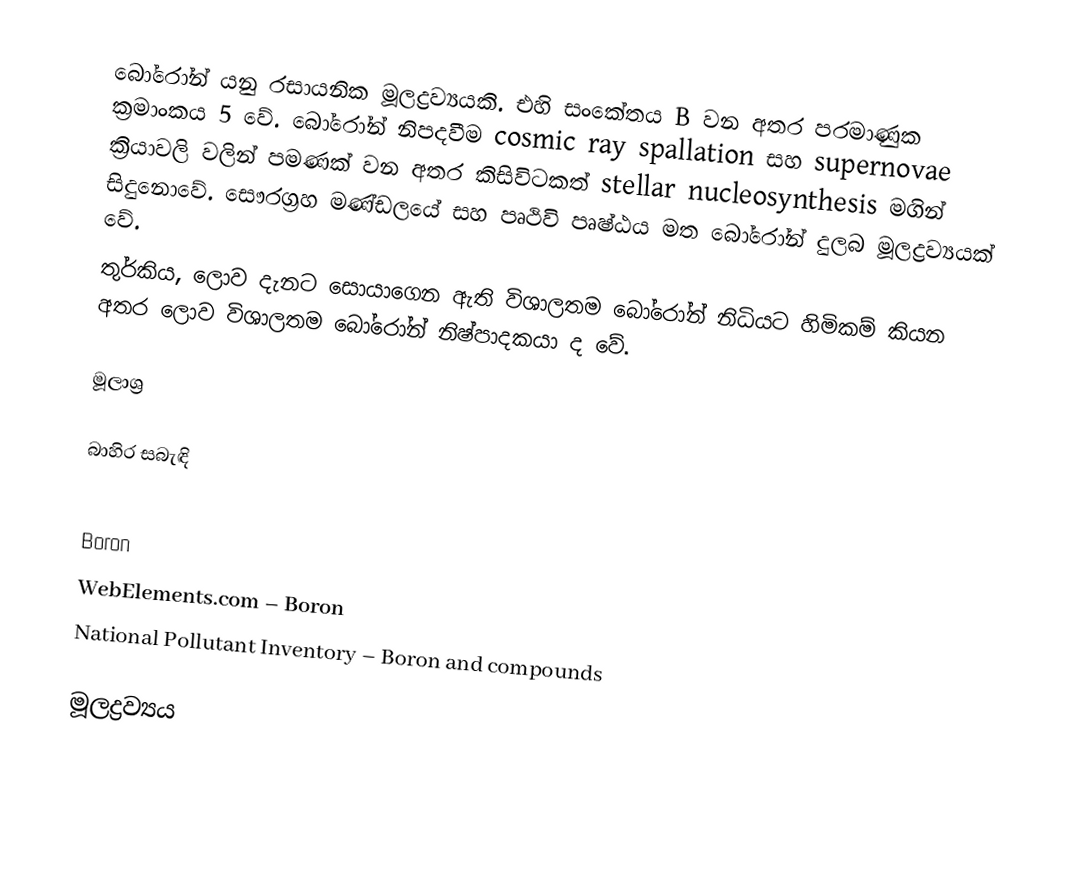
බෝරෝන් යනු රසායනික මූලද්‍රව්‍යයකි. එහි සංකේතය B වන අතර පරමාණුක ක්‍රමාංකය 5 වේ. බෝරෝන් නිපදවීම cosmic ray spallation සහ supernovae ක්‍රියාවලි වලින් පමණක් වන අතර කිසිවිටකත් stellar nucleosynthesis මගින් සිදුනොවේ. සෞරග්‍රහ මණ්ඩලයේ සහ පෘථිවි පෘෂ්ඨය මත බෝරෝන් දුලබ මූලද්‍රව්‍යයක් වේ.
තුර්කිය, ලොව දැනට සොයාගෙන ඇති විශාලතම බෝරෝන් නිධියට හිමිකම් කියන අතර ලොව විශාලතම බෝරෝන් නිෂ්පාදකයා ද වේ.

මූලාශ්‍ර

බාහිර සබැඳි

 Boron
 WebElements.com – Boron
 National Pollutant Inventory – Boron and compounds

මූලද්‍රව්‍යය